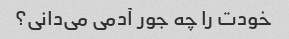
خودت را چه جور آدمی می‌دانی؟